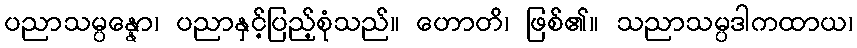
ပညာသမ္ပန္နော၊ ပညာနှင့်ပြည့်စုံသည်။ ဟောတိ၊ ဖြစ်၏။ သညာသမ္ပဒါကထာယ၊